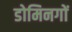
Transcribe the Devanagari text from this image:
डोमिनगों